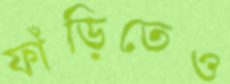
ফাঁড়িতেও